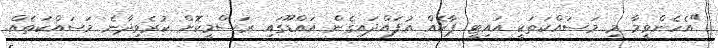
"އެހެންވީމާ މި މަސައްކަތަކީ އައިޓީ ޕާކެއް އުފައްދައިގެން އައްޑޫގައި ރަސްމީކޮށް ކުރެވިދާނެ މަސައްކަތެއް.